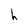
Character: h